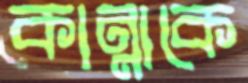
কান্নাকে